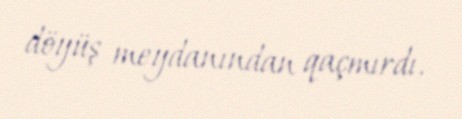
döyüş meydanından qaçmırdı.